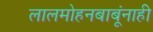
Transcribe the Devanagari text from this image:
लालमोहनबाबूंनाही